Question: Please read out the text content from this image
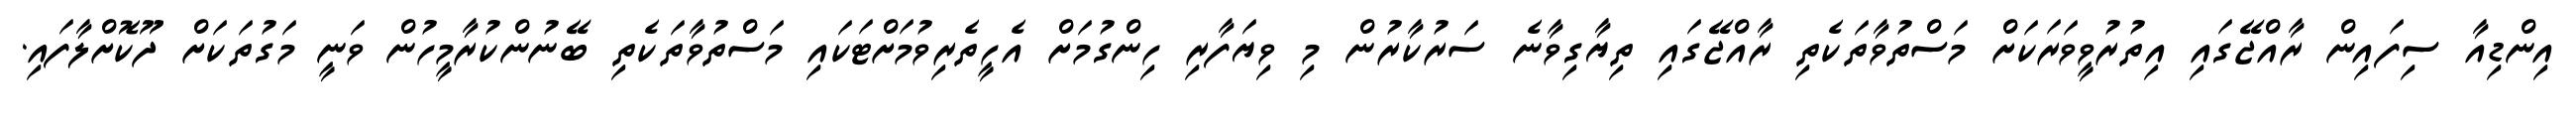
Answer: އިންޑިއާ ސިފައިން ރާއްޖޭގައި އިތުރުވީވަރަކަށް މަސްތުވާތަކެތި ރާއްޖޭގައި ތިޔާގިވާނެ ސަރުކާރުން މި ވިޔަފާރި ހިންގުމަށް އެހީތެރިވުމަށްޓަކައި މަސްތުވާތަކެތި ބޭނުންކުރާމީހުން ވަނީ މަގުތަކަށް ދޫކޮށްލާފައި.